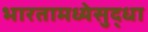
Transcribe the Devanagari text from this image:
भारतामध्येसुद्धा